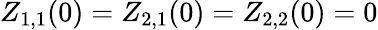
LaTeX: Z_{1,1}(0)=Z_{2,1}(0)=Z_{2,2}(0)=0